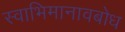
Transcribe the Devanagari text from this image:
स्वाभिमानावबोध